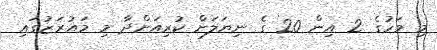
މި މަހުގެ 2 އިން 20 ގެ ނިޔަލަށް ކުރިއަށްދާ މި މައުރަޒުގައި